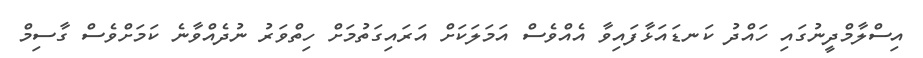
އިސްލާމްދީނުގައި ހައްދު ކަނޑައަޅާފައިވާ އެއްވެސް އަމަލަކަށް އަރައިގަތުމަށް ހިތްވަރު ނުދެއްވާނެ ކަމަށްވެސް ގާސިމް